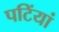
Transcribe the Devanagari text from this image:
पटिंयां